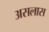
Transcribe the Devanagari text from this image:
असलास